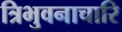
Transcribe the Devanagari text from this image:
त्रिभुवनाचारि